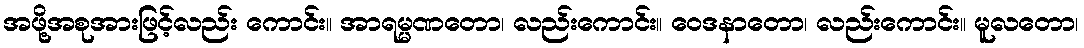
အဖို့အစုအားဖြင့်လည်း ကောင်း။ အာရမ္မဏတော၊ လည်းကောင်း။ ဝေဒနာတော၊ လည်းကောင်း။ မူလတော၊